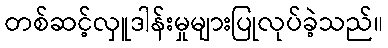
တစ်ဆင့်လှူဒါန်းမှုများပြုလုပ်ခဲ့သည်။